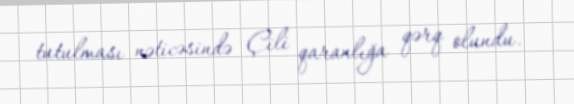
tutulması nəticəsində Çili qaranlığa qərq olundu.